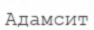
Адамсит